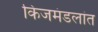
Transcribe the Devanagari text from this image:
किजमंडलांत